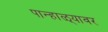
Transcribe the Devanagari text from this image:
पान्हाळ्यावर